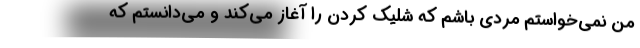
من نمی‌خواستم مردی باشم که شلیک کردن را آغاز می‌کند و می‌دانستم که